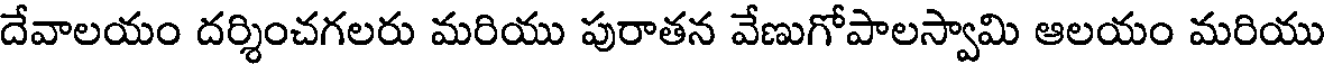
దేవాలయం దర్శించగలరు మరియు పురాతన వేణుగోపాలస్వామి ఆలయం మరియు